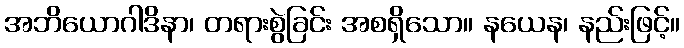
အဘိယောဂါဒိနာ၊ တရားစွဲခြင်း အစရှိသော။ နယေန၊ နည်းဖြင့်။